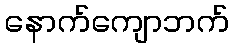
နောက်ကျောဘက်